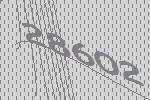
28602